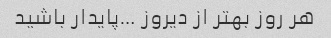
هر روز بهتر از دیروز …پایدار باشید